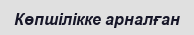
Көпшілікке арналған